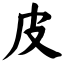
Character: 皮